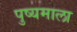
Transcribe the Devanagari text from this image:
पुष्यमाला